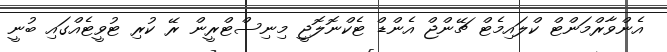
އެންވާރްމަންޓް ކްލައިމެޓް ޗޭންޖް އެންޑް ޓެކްނޮލޮޖީ މިނިސްޓްރީން ރޭ ކުރި ޓުވީޓެއްގައި ބުނީ